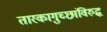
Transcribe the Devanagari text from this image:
तारकागुच्छांविरुद्ध